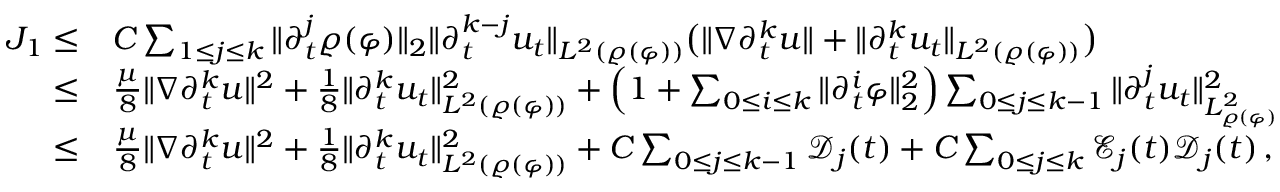
\begin{array} { r l } { J _ { 1 } \leq } & { C \sum _ { 1 \leq j \leq k } \| \partial _ { t } ^ { j } \varrho ( \varphi ) \| _ { 2 } \| \partial _ { t } ^ { k - j } u _ { t } \| _ { L ^ { 2 } ( \varrho ( \varphi ) ) } \big ( \| \nabla \partial _ { t } ^ { k } u \| + \| \partial _ { t } ^ { k } u _ { t } \| _ { L ^ { 2 } ( \varrho ( \varphi ) ) } \big ) } \\ { \leq } & { \frac { \mu } { 8 } \| \nabla \partial _ { t } ^ { k } u \| ^ { 2 } + \frac { 1 } { 8 } \| \partial _ { t } ^ { k } u _ { t } \| _ { L ^ { 2 } ( \varrho ( \varphi ) ) } ^ { 2 } + \Big ( 1 + \sum _ { 0 \leq i \leq k } \| \partial _ { t } ^ { i } \varphi \| _ { 2 } ^ { 2 } \Big ) \sum _ { 0 \leq j \leq k - 1 } \| \partial _ { t } ^ { j } u _ { t } \| _ { L _ { \varrho ( \varphi ) } ^ { 2 } } ^ { 2 } } \\ { \leq } & { \frac { \mu } { 8 } \| \nabla \partial _ { t } ^ { k } u \| ^ { 2 } + \frac { 1 } { 8 } \| \partial _ { t } ^ { k } u _ { t } \| _ { L ^ { 2 } ( \varrho ( \varphi ) ) } ^ { 2 } + C \sum _ { 0 \leq j \leq k - 1 } \mathcal { D } _ { j } ( t ) + C \sum _ { 0 \leq j \leq k } \mathcal { E } _ { j } ( t ) \mathcal { D } _ { j } ( t ) \, , } \end{array}